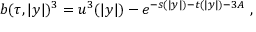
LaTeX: b ( \tau , | y | ) ^ { 3 } = u ^ { 3 } ( | y | ) - e ^ { - s ( | y | ) - t ( | y | ) - 3 A } ~ ,